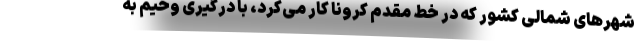
شهرهای شمالی کشور که در خط مقدم کرونا کار می‌کرد، با درگیری وخیم به